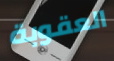
العقوبة